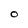
Character: O